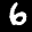
Label: 6